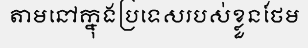
តាមនៅក្នុងប្រទេសរបស់ខ្លួនថែម